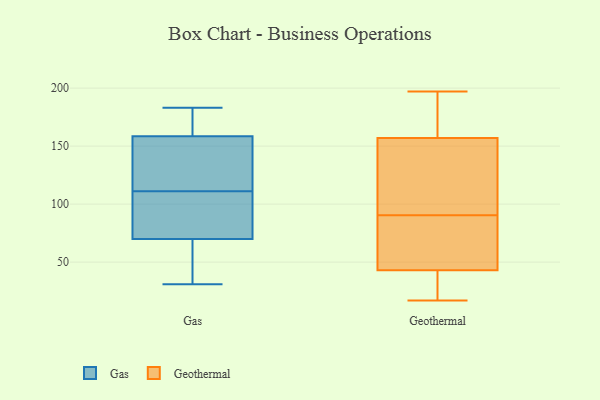
{"axis": {"x": "Website Visitors", "y": "Value"}, "legend": ["Gas", "Geothermal"], "data": [{"x": "", "y": 54, "type": "Gas"}, {"x": "", "y": 92, "type": "Gas"}, {"x": "", "y": 37, "type": "Gas"}, {"x": "", "y": 36, "type": "Gas"}, {"x": "", "y": 112, "type": "Gas"}, {"x": "", "y": 153, "type": "Gas"}, {"x": "", "y": 164, "type": "Gas"}, {"x": "", "y": 101, "type": "Gas"}, {"x": "", "y": 176, "type": "Gas"}, {"x": "", "y": 182, "type": "Gas"}, {"x": "", "y": 86, "type": "Gas"}, {"x": "", "y": 120, "type": "Gas"}, {"x": "", "y": 183, "type": "Gas"}, {"x": "", "y": 31, "type": "Gas"}, {"x": "", "y": 145, "type": "Gas"}, {"x": "", "y": 110, "type": "Gas"}, {"x": "", "y": 75, "type": "Geothermal"}, {"x": "", "y": 157, "type": "Geothermal"}, {"x": "", "y": 133, "type": "Geothermal"}, {"x": "", "y": 184, "type": "Geothermal"}, {"x": "", "y": 79, "type": "Geothermal"}, {"x": "", "y": 17, "type": "Geothermal"}, {"x": "", "y": 197, "type": "Geothermal"}, {"x": "", "y": 117, "type": "Geothermal"}, {"x": "", "y": 43, "type": "Geothermal"}, {"x": "", "y": 102, "type": "Geothermal"}, {"x": "", "y": 26, "type": "Geothermal"}, {"x": "", "y": 74, "type": "Geothermal"}, {"x": "", "y": 180, "type": "Geothermal"}, {"x": "", "y": 34, "type": "Geothermal"}]}